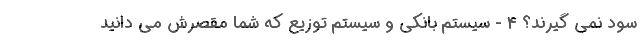
سود نمی گیرند؟ 4 - سیستم بانکی و سیستم توزیع که شما مقصرش می دانید